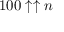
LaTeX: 1 0 0 \uparrow \uparrow n